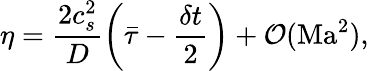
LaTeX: \eta=\frac{2c_{s}^{2}}{D}\left(\bar{\tau}-\frac{\delta t}{2}\right)+\mathcal{O}(\mathrm{Ma}^{2}),